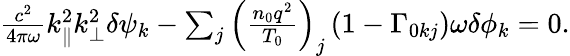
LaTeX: \begin{array}{r}{\frac{c^{2}}{4\pi\omega}k_{\parallel}^{2}k_{\perp}^{2}\delta\psi_{{k}}-\sum_{j}\left(\frac{n_{0}q^{2}}{T_{0}}\right)_{j}\left(1-\Gamma_{0kj}\right)\omega\delta\phi_{{k}}=0.}\end{array}